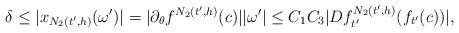
LaTeX: \begin{align*}\delta &\le |x_{N_2(t',h)}(\omega')| = |\partial_{\theta}f^{N_2(t',h)}(c)||\omega'|\le C_1C_3|Df_{t'}^{N_2(t',h)}(f_{t'}(c))|,\end{align*}